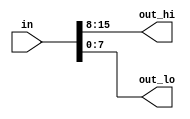
// Question 12. Vectors in more detail/ Vector1 - https://hdlbits.01xz.net/wiki/Vector1

module top_module (
	input [15:0] in,
	output [7:0] out_hi,
	output [7:0] out_lo
);
	
	assign out_hi = in[15:8];
	assign out_lo = in[7:0];
	
	// Concatenation operator also works: assign {out_hi, out_lo} = in;
	
endmodule